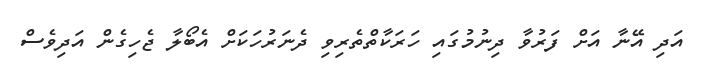
އަދި އޭނާ އަށް ފަރުވާ ދިނުމުގައި ހަރަކާތްތެރިވި ދެނަރުހަކަށް އެބޯލާ ޖެހިގެން އަދިވެސް